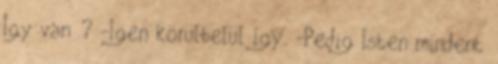
Így van ? -Igen körülbelül így. -Pedig Isten mindent